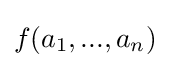
f(a_{1},...,a_{n})